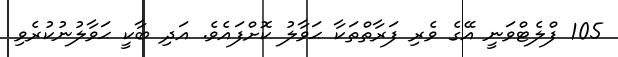
105 ފްލެޓްވަނީ އޭގެ ވެރި ފަރާތްތަކާ ޙަވާލު ކޮށްފައެވެ. އަދި ބާކީ ޙަވާލުނުކުރެވި